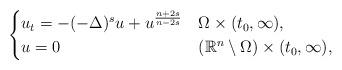
LaTeX: \begin{align*}\begin{cases}u_t = -(-\Delta)^{s}u + u^{\frac{n+2s}{n-2s}}&\Omega\times (t_0, \infty),\\u = 0&(\mathbb{R}^n\setminus \Omega)\times (t_0, \infty),\end{cases}\end{align*}